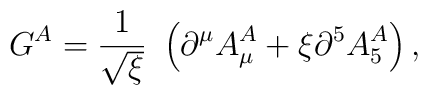
G^A=\frac{1}{\sqrt{\xi}}\ \left(\partial^\mu A_\mu^A + \xi \partial^5A_5^A\right),